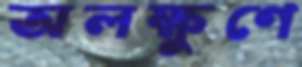
অলক্ষুণে